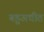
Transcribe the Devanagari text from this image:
बहुअधीत